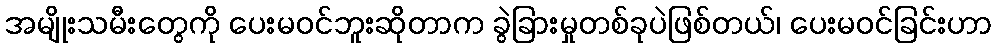
အမျိုးသမီးတွေကို ပေးမဝင်ဘူးဆိုတာက ခွဲခြားမှုတစ်ခုပဲဖြစ်တယ်၊ ပေးမဝင်ခြင်းဟာ